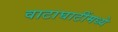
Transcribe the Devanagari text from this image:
वाटाघाटींमध्ये